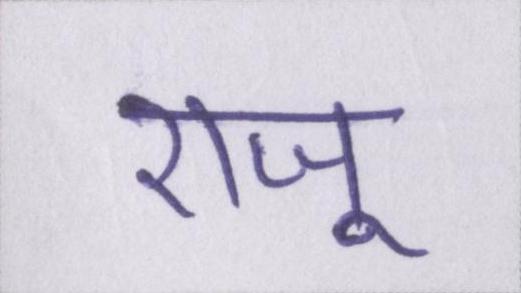
राजू